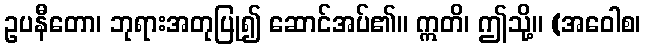
ဥပနီတော၊ ဘုရားအတုပြု၍ ဆောင်အပ်၏။ ဣတိ၊ ဤသို့။ (အဝေါစ၊